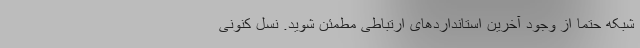
شبکه حتما از وجود آخرین استانداردهای ارتباطی مطمئن شوید. نسل کنونی